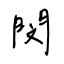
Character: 閔